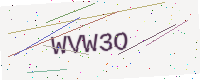
Text: WVW3O